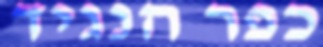
כפר הנגיד